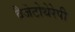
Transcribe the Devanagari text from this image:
वैजेटोथेरेपी